Notes on the propagation and cultivation of the medicinal cinchonas, or Peruvian bark trees
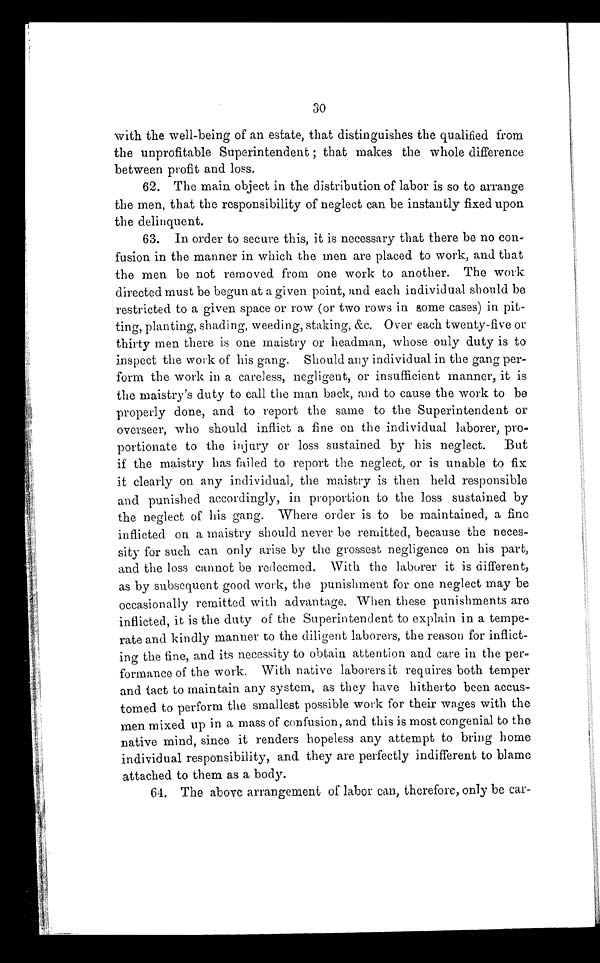
30
with the well-being of an estate, that distinguishes the qualified from
the unprofitable Superintendent ; that makes the whole difference
between profit and loss.
62. The main object in the distribution of labor is so to arrange
the men, that the responsibility of neglect can be instantly fixed upon
the delinquent.
63. In order to secure this, it is necessary that there be no con-
fusion in the manner in which the men are placed to work, and that
the men be not removed from one work to another. The work
directed must be begun at a given point, and each individual should be
restricted to a given space or row (or two rows in some cases) in pit-
ting, planting, shading, weeding, staking, &c. Over each twenty-five or
thirty men there is one maistry or headman, whose only duty is to
inspect the work of his gang. Should any individual in the gang per
form the work in a careless, negligent, or insufficient manner, it is
the maistry's duty to call the man back, and to cause the work to be
properly done, and to report the same to the Superintendent or
overseer, who should inflict a fine on the individual laborer, pro
-portionate to the injury or loss sustained by his neglect. But
if the maistry has failed to report the neglect, or is unable to fix
it clearly on any individual, the maistry is then held responsible
and punished accordingly, in proportion to the loss sustained by
the neglect of his gang. Where order is to be maintained, a fine
inflicted on a maistry should never be remitted, because the neces
-sity for such can only arise by the grossest negligence on his part,
and the loss cannot be redeemed. With the laborer it is different,
as by subsequent good work, the punishment for one neglect may be
occasionally remitted with advantage. When these punishments are
inflicted, it is the duty of the Superintendent to explain in a tempe
-rate and kindly manner to the diligent laborers, the reason for inflict
-ing the fine, and its necessity to obtain attention and care in the per
-formance of the work. With native laborers it requires both temper
and tact to maintain any system, as they have hitherto been accus-
tomed to perform the smallest possible work for their wages with the
men mixed up in a mass of confusion, and this is most congenial to the
native mind, since it renders hopeless any attempt to bring home
individual responsibility, and they are perfectly indifferent to blame
attached to them as a body.
64. The above arrangement of labor can, therefore, only be car-